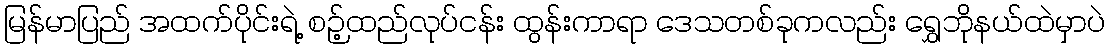
မြန်မာပြည် အထက်ပိုင်းရဲ့ စဉ့်ထည်လုပ်ငန်း ထွန်းကာရာ ဒေသတစ်ခုကလည်း ရွှေဘိုနယ်ထဲမှာပဲ